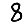
Digit: 8